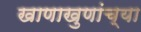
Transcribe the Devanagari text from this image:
खाणाखुणांच्या